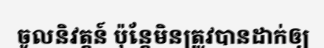
ចូលនិវត្តន៍ ប៉ុន្តែមិនត្រូវបានដាក់ឲ្យ